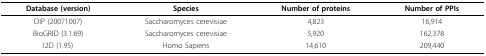
<table><thead><tr><td><b>Database (version)</b></td><td><b>Species</b></td><td><b>Number of proteins</b></td><td><b>Number of PPIs</b></td></tr></thead><tbody><tr><td>DIP (20071007)</td><td>Saccharomyces cerevisiae</td><td>4,823</td><td>16,914</td></tr><tr><td>BioGRID (3.1.69)</td><td>Saccharomyces cerevisiae</td><td>5,920</td><td>162,378</td></tr><tr><td>I2D (1.95)</td><td>Homo Sapiens</td><td>14,610</td><td>209,440</td></tr></tbody></table>